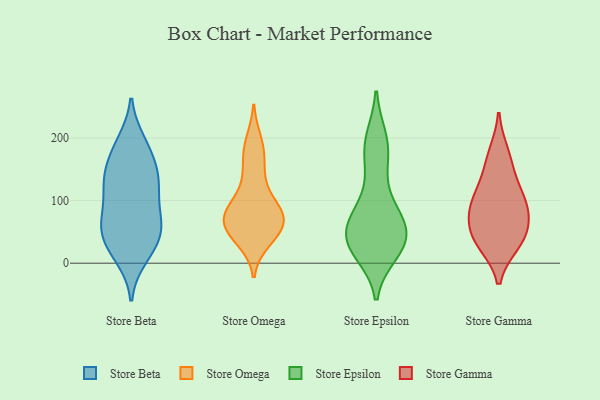
{"axis": {"x": "Budget (USD K)", "y": "Value"}, "legend": ["Store Beta", "Store Epsilon", "Store Gamma", "Store Omega"], "data": [{"x": "", "y": 42, "type": "Store Beta"}, {"x": "", "y": 131, "type": "Store Beta"}, {"x": "", "y": 61, "type": "Store Beta"}, {"x": "", "y": 11, "type": "Store Beta"}, {"x": "", "y": 192, "type": "Store Beta"}, {"x": "", "y": 143, "type": "Store Beta"}, {"x": "", "y": 132, "type": "Store Beta"}, {"x": "", "y": 65, "type": "Store Beta"}, {"x": "", "y": 29, "type": "Store Beta"}, {"x": "", "y": 127, "type": "Store Beta"}, {"x": "", "y": 59, "type": "Store Beta"}, {"x": "", "y": 68, "type": "Store Beta"}, {"x": "", "y": 129, "type": "Store Beta"}, {"x": "", "y": 179, "type": "Store Beta"}, {"x": "", "y": 90, "type": "Store Beta"}, {"x": "", "y": 183, "type": "Store Beta"}, {"x": "", "y": 22, "type": "Store Beta"}, {"x": "", "y": 81, "type": "Store Omega"}, {"x": "", "y": 169, "type": "Store Omega"}, {"x": "", "y": 49, "type": "Store Omega"}, {"x": "", "y": 83, "type": "Store Omega"}, {"x": "", "y": 38, "type": "Store Omega"}, {"x": "", "y": 145, "type": "Store Omega"}, {"x": "", "y": 76, "type": "Store Omega"}, {"x": "", "y": 78, "type": "Store Omega"}, {"x": "", "y": 68, "type": "Store Omega"}, {"x": "", "y": 193, "type": "Store Omega"}, {"x": "", "y": 54, "type": "Store Omega"}, {"x": "", "y": 57, "type": "Store Omega"}, {"x": "", "y": 73, "type": "Store Omega"}, {"x": "", "y": 185, "type": "Store Omega"}, {"x": "", "y": 95, "type": "Store Omega"}, {"x": "", "y": 45, "type": "Store Omega"}, {"x": "", "y": 124, "type": "Store Omega"}, {"x": "", "y": 71, "type": "Store Epsilon"}, {"x": "", "y": 88, "type": "Store Epsilon"}, {"x": "", "y": 32, "type": "Store Epsilon"}, {"x": "", "y": 155, "type": "Store Epsilon"}, {"x": "", "y": 31, "type": "Store Epsilon"}, {"x": "", "y": 19, "type": "Store Epsilon"}, {"x": "", "y": 49, "type": "Store Epsilon"}, {"x": "", "y": 34, "type": "Store Epsilon"}, {"x": "", "y": 160, "type": "Store Epsilon"}, {"x": "", "y": 27, "type": "Store Epsilon"}, {"x": "", "y": 91, "type": "Store Epsilon"}, {"x": "", "y": 191, "type": "Store Epsilon"}, {"x": "", "y": 199, "type": "Store Epsilon"}, {"x": "", "y": 17, "type": "Store Epsilon"}, {"x": "", "y": 45, "type": "Store Epsilon"}, {"x": "", "y": 196, "type": "Store Epsilon"}, {"x": "", "y": 75, "type": "Store Epsilon"}, {"x": "", "y": 41, "type": "Store Epsilon"}, {"x": "", "y": 69, "type": "Store Epsilon"}, {"x": "", "y": 82, "type": "Store Gamma"}, {"x": "", "y": 32, "type": "Store Gamma"}, {"x": "", "y": 59, "type": "Store Gamma"}, {"x": "", "y": 102, "type": "Store Gamma"}, {"x": "", "y": 151, "type": "Store Gamma"}, {"x": "", "y": 34, "type": "Store Gamma"}, {"x": "", "y": 110, "type": "Store Gamma"}, {"x": "", "y": 89, "type": "Store Gamma"}, {"x": "", "y": 175, "type": "Store Gamma"}, {"x": "", "y": 44, "type": "Store Gamma"}]}